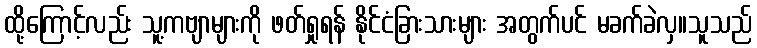
ထို့ကြောင့်လည်း သူ့ကဗျာများကို ဖတ်ရှုရန် နိုင်ငံခြားသားများ အတွက်ပင် မခက်ခဲလှ။သူသည်